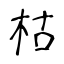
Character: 枯